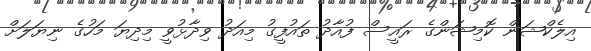
އިލެކްޝަން ކޮމިޝަންގެ ރައީސް ފުއާދު ތައުފީގު މިއަދު ވިދާޅުވީ މިދިޔަ މަހުގެ ނިޔަލަށް